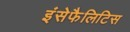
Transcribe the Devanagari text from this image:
इंसेफैलिटिस